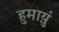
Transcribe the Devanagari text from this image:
हुमाय़ुं